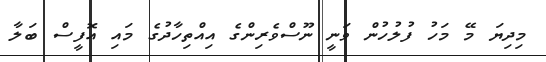
މިދިޔަ މޭ މަހު ފުލުހުން ވަނީ ނޫސްވެރިންގެ އިއްތިހާދުގެ މައި އޮފީސް ބަލާ